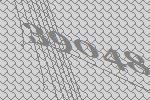
39048